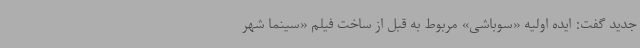
جدید گفت: ایده اولیه «سوباشی» مربوط به قبل از ساخت فیلم «سینما شهر